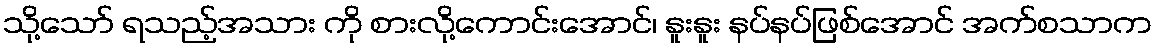
သို့သော် ရသည့်အသား ကို စားလို့ကောင်းအောင်၊ နူးနူး နပ်နပ်ဖြစ်အောင် အက်စသာက